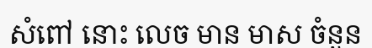
សំពៅ នោះ លេច មាន មាស ចំនួន